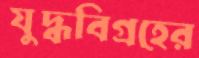
যুদ্ধবিগ্রহের